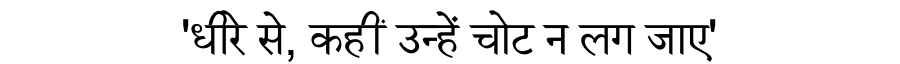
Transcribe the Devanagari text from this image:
'धीरे से, कहीं उन्हें चोट न लग जाए'